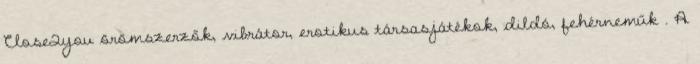
Close2you örömszerzők, vibrátor, erotikus társasjátékok, dildó, fehérneműk . A